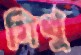
মিথু